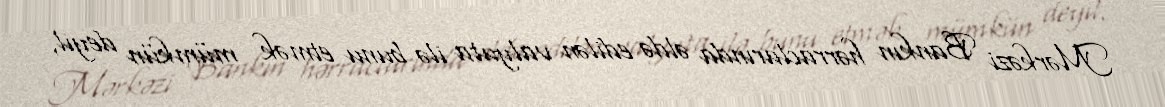
Mərkəzi Bankın hərraclarında əldə edilən valyuta ilə bunu etmək mümkün deyil,